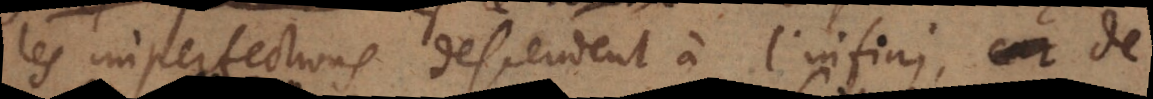
les imperfections descendent à l’infini, car de